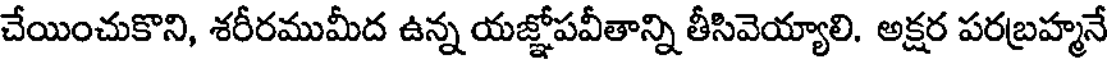
చేయించుకొని, శరీరముమీద ఉన్న యజ్ఞోపవీతాన్ని తీసివెయ్యాలి. అక్షర పరబ్రహ్మనే